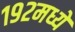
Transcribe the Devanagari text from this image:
१९२मध्ये